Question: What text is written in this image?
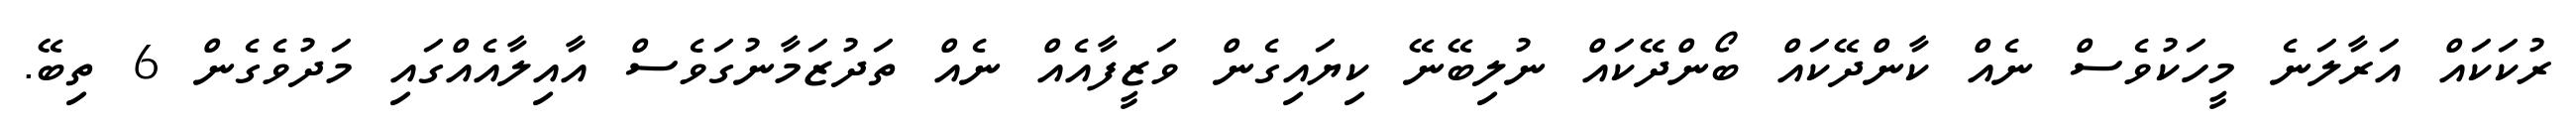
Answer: ރުކަކައް އަރާލަނެ މީހަކުވެސް ނެއް ކާންދޭކައް ބޯންދޭކައް ނުލިބޭނޭ ކިޔައިގެން ވަޒީފާއެއް ނެއް ތަދުޒަމާނުގަވެސް އާއިލާއެއްގައި މަދުވެގެން 6 ތިބޭ.